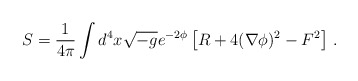
\begin{align*}S= \frac{1}{4\pi}\int d^4x\sqrt{-g} e^{-2\phi} \left[ R + 4(\nabla \phi)^2- F^2 \right] \, . \end{align*}